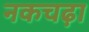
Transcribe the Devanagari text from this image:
नकचढ़ा